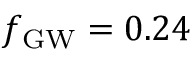
\ensuremath { f _ { \mathrm { G W } } } = 0 . 2 4